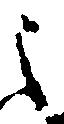
之